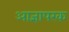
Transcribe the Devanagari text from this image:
आज्ञापरक